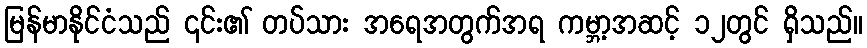
မြန်မာနိုင်ငံသည် ၎င်း၏ တပ်သား အရေအတွက်အရ ကမ္ဘာ့အဆင့် ၁၂တွင် ရှိသည်။